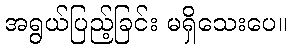
အရွယ်ပြည့်ခြင်း မရှိသေးပေ။